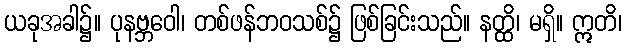
ယခုအခါ၌။ ပုနဗ္ဘဝေါ၊ တစ်ဖန်ဘဝသစ်၌ ဖြစ်ခြင်းသည်။ နတ္ထိ၊ မရှိ။ ဣတိ၊